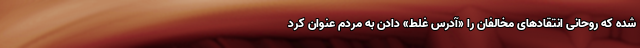
شده که روحانی انتقادهای مخالفان را «آدرس غلط» دادن به مردم عنوان کرد